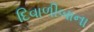
દિવાળીબાના